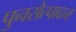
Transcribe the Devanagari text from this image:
पुनरोत्पादन